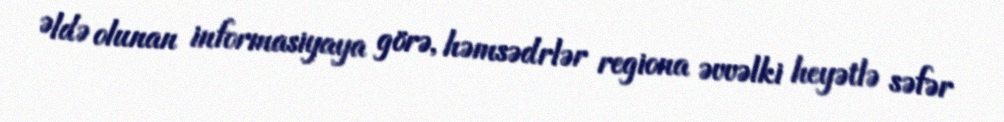
Əldə olunan informasiyaya görə, həmsədrlər regiona əvvəlki heyətlə səfər